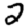
Digit: 2